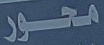
محور